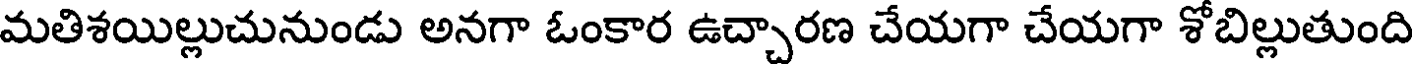
మతిశయిల్లుచునుండు అనగా ఓంకార ఉచ్చారణ చేయగా చేయగా శోబిల్లుతుంది